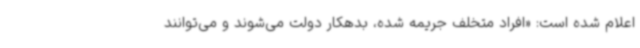
اعلام شده است: «افراد متخلف جریمه شده، بدهکار دولت می‌شوند و می‌توانند